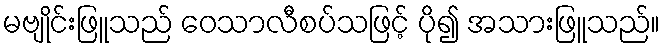
မဗျိုင်းဖြူသည် ဝေသာလီစပ်သဖြင့် ပို၍ အသားဖြူသည်။